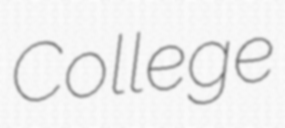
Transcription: College